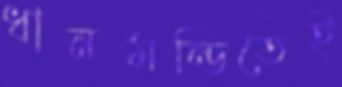
ধানমন্ডিতেই